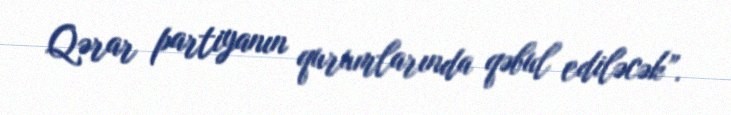
Qərar partiyanın qurumlarında qəbul ediləcək”.